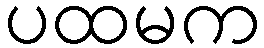
ပထမက